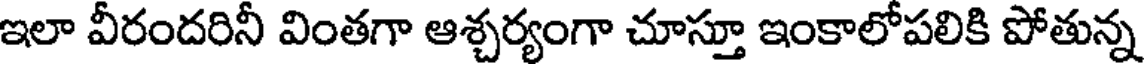
ఇలా వీరందరినీ వింతగా ఆశ్చర్యంగా చూస్తూ ఇంకాలోపలికి పోతున్న